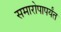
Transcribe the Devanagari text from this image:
समारोपापर्यंत